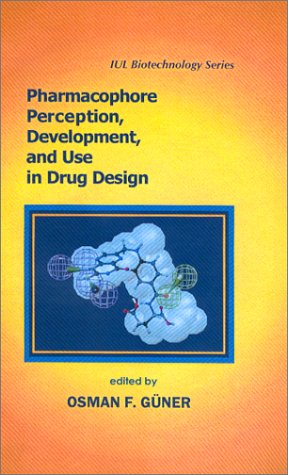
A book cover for Pharmacophore Perception, Development, and Use in Drug Design (Iul Biotechnology Series, 2); Medical Books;